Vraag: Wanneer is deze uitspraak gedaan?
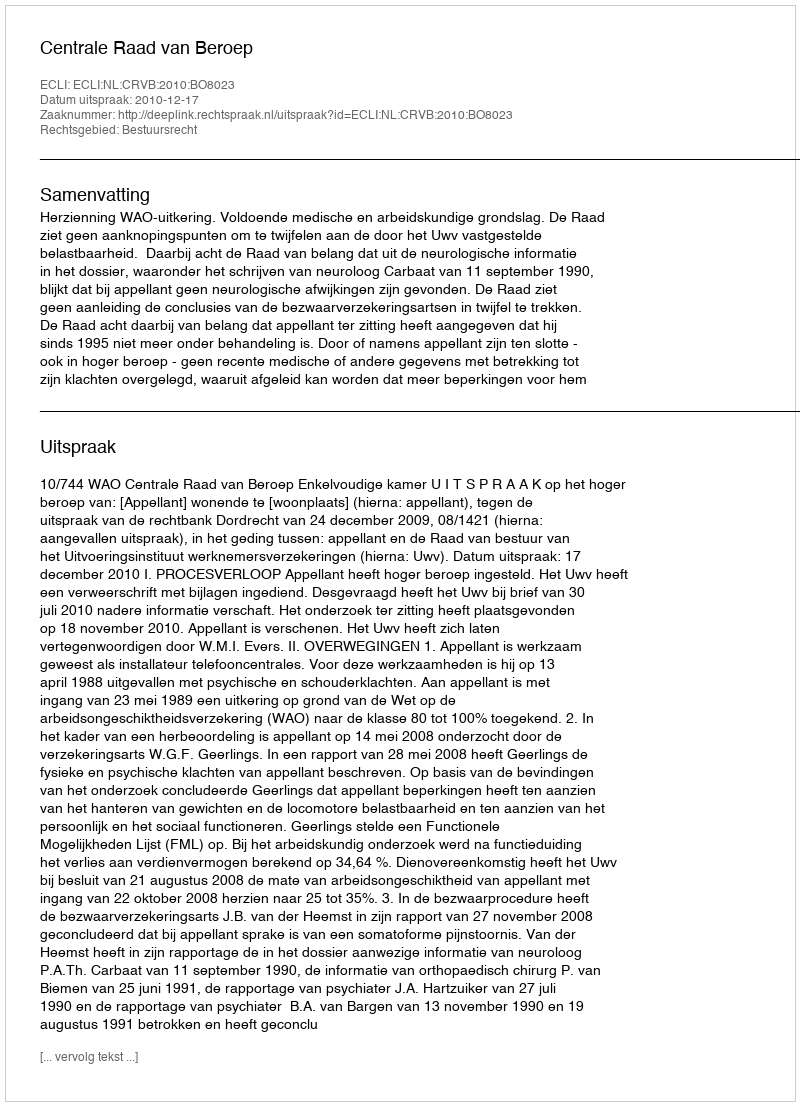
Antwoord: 2010-12-17